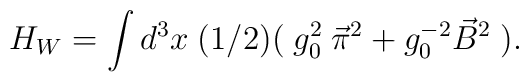
H_W = \int d^3x \; (1/2) ( \; g_0^2 \: \vec{\pi}^2       + g_0^{-2} \vec{B}^2  \; ) .